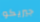
جيريكو